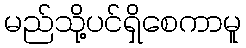
မည်သို့ပင်ရှိစေကာမူ